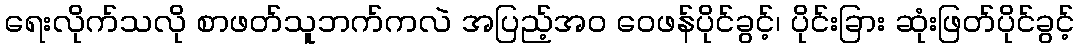
ရေးလိုက်သလို စာဖတ်သူဘက်ကလဲ အပြည့်အ၀ ဝေဖန်ပိုင်ခွင့်၊ ပိုင်းခြား ဆုံးဖြတ်ပိုင်ခွင့်